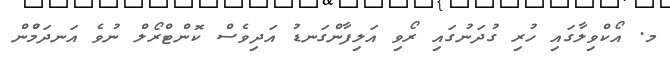
މ. އޯކްވިލާގައި ހުރި ގުދަނުގައި ރޯވި އަލިފާންގަނޑު އަދިވެސް ކޮންޓްރޯލް ނުވެ އަނދަމުްން